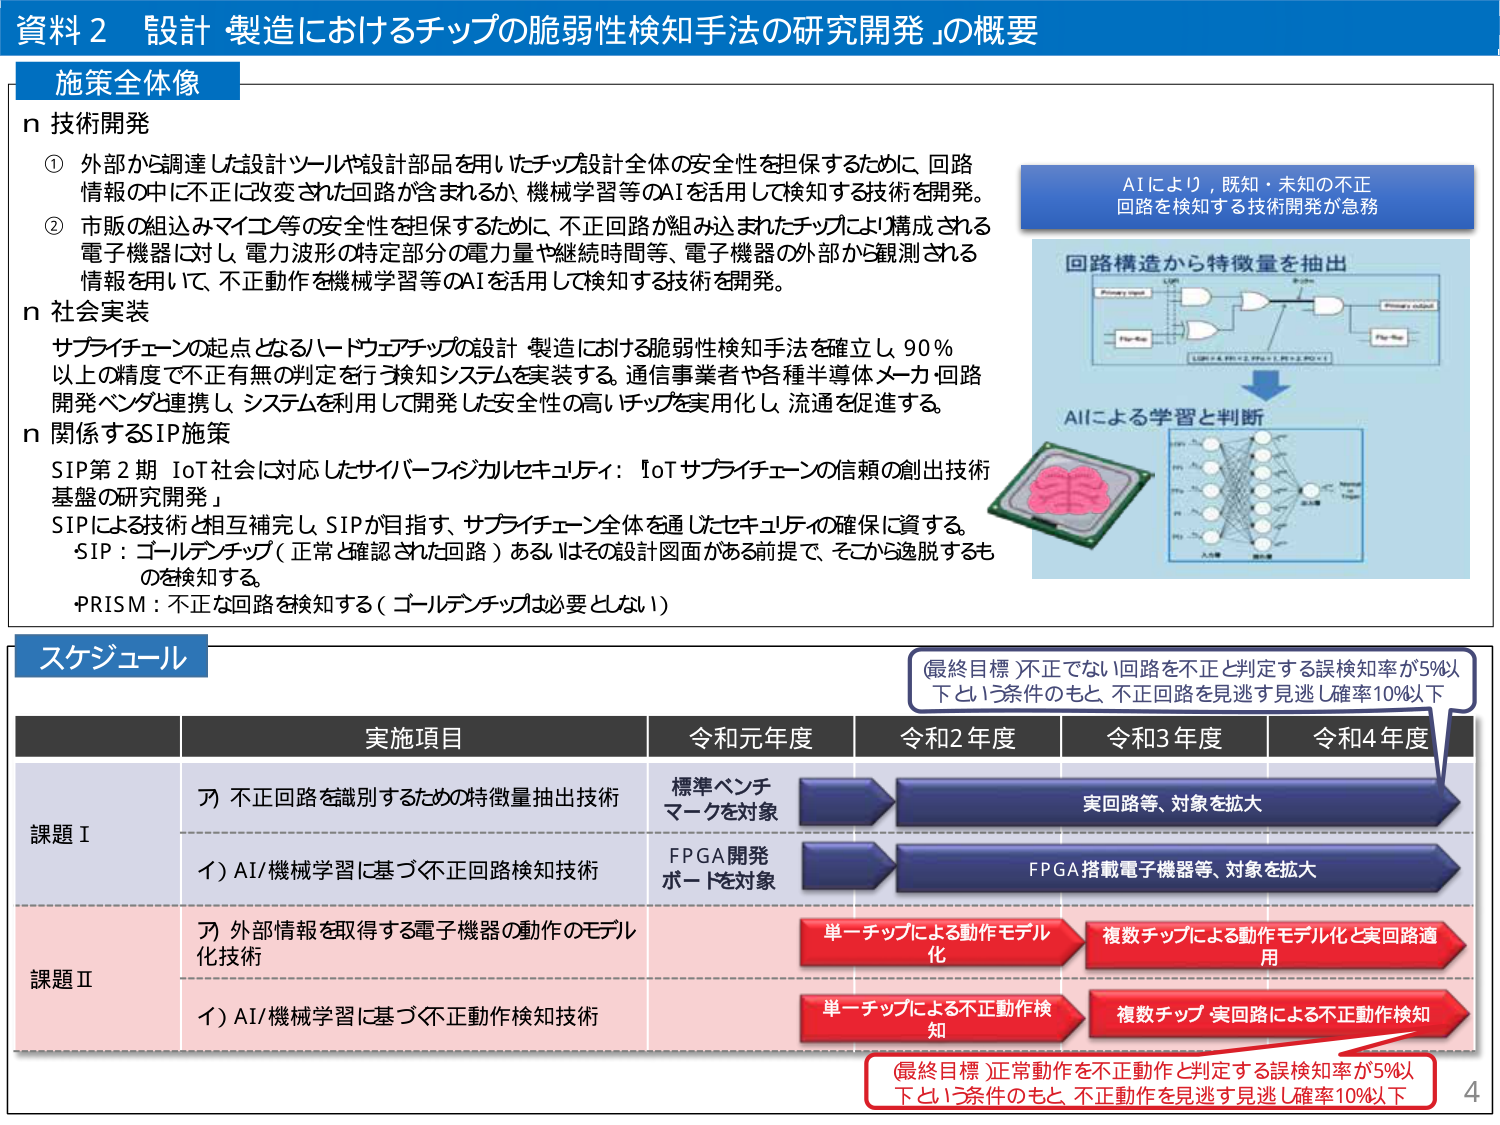
資料２ 設計・製造におけるチップの脆弱性検知手法の研究開発」の概要

施策全体像

n 技術開発
① 外部から調達した設計ツールや設計部品を用いたチップ設計全体の安全性を担保するために、回路情報の中に不正に改変された回路が含まれるか、機械学習等のAIを活用して検知する技術を開発。
② 市販の組込みマイコン等の安全性を担保するために、不正回路が組み込まれたチップにより構成される電子機器に対し、電力波形の特定部分の電力量や継続時間等、電子機器の外部から観測される情報を用いて、不正動作を機械学習等のAIを活用して検知する技術を開発。

n 社会実装
サプライチェーンの起点となるハードウェアチップの設計・製造における脆弱性検知手法を確立し、90％以上の精度で不正有無の判定を行う検知システムを実装する。通信事業者や各種半導体メーカ・回路開発ベンダと連携し、システムを利用して開発した安全性の高いチップを実用化し、流通を促進する。

n 関係するSIP施策
SIP第2期 IoT社会に対応したサイバーフィジカルセキュリティ：「IoTサプライチェーンの信頼の創出技術基盤の研究開発」
SIPによる技術と相互補完し、SIPが目指す、サプライチェーン全体を通じたセキュリティの確保に資する。
・SIP：ゴールデンチップ（正常と確認された回路）あるいはその設計図面がある前提で、そこから逸脱するものを検知する。
・PRISM：不正な回路を検知する（ゴールデンチップは必要としない）

AIにより、既知・未知の不正回路を検知する技術開発が急務

回路構造から特徴量を抽出

AIによる学習と判断

スケジュール

実施項目